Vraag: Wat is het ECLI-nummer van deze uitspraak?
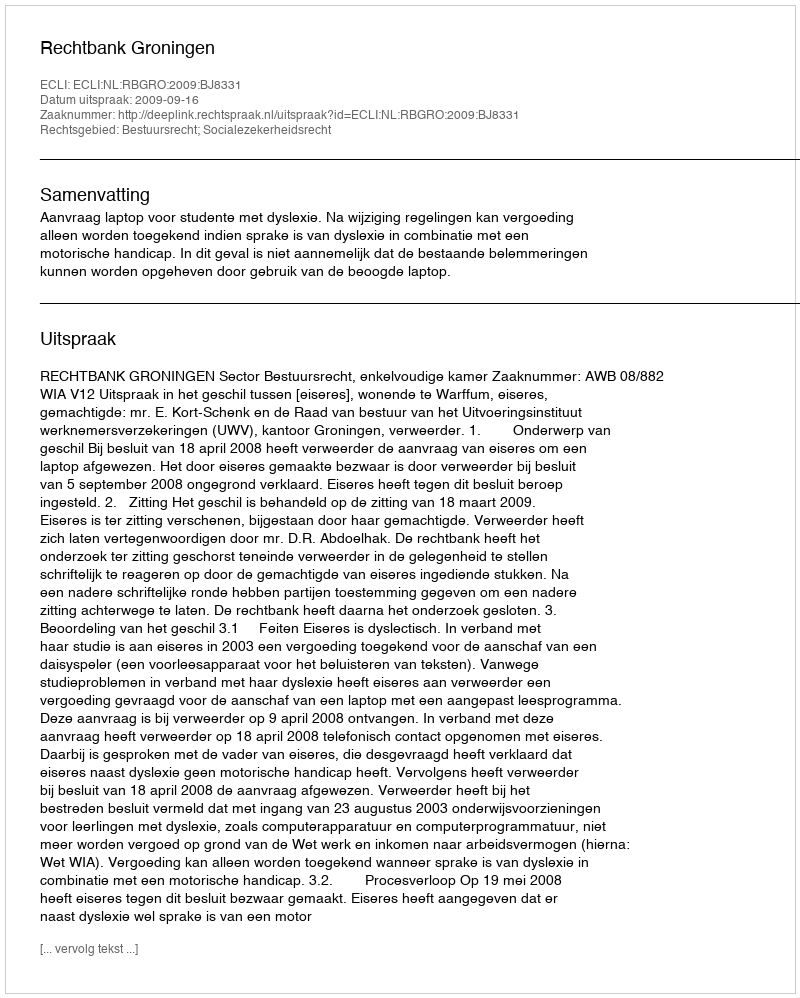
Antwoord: ECLI:NL:RBGRO:2009:BJ8331